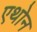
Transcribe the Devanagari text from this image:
एथोन